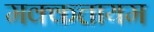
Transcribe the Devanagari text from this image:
मक्कत्तायम